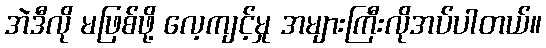
အဲဒီလို မဖြစ်ဖို့ လေ့ကျင့်မှု အများကြီးလိုအပ်ပါတယ်။